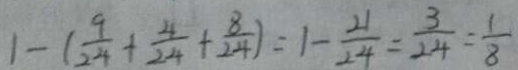
1 - ( \frac { 9 } { 2 4 } + \frac { 4 } { 2 4 } + \frac { 8 } { 2 4 } ) = 1 - \frac { 2 1 } { 2 4 } = \frac { 3 } { 2 4 } = \frac { 1 } { 8 }